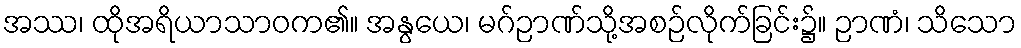
အဿ၊ ထိုအရိယာသာဝက၏။ အနွယေ၊ မဂ်ဉာဏ်သို့အစဉ်လိုက်ခြင်း၌။ ဉာဏံ၊ သိသော